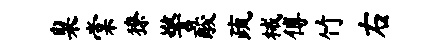
臬棠獠警酸疏械傅竹右